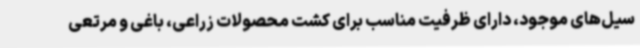
سیل‌های موجود، دارای ظرفیت مناسب برای کشت محصولات زراعی، باغی و مرتعی